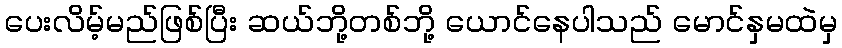
ပေးလိမ့်မည်ဖြစ်ပြီး ဆယ်ဘို့တစ်ဘို့ ယောင်နေပါသည် မောင်နှမထဲမှ